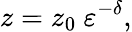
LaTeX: z=z_{0}\ \varepsilon^{-\delta},